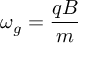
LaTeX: \omega _ { g } = { \frac { q B } { m } }